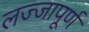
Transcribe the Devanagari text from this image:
लज्जापूर्ण